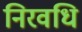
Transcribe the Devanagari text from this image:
निरवधि